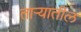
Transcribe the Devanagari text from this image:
ताऱ्यातील